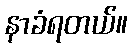
နာခံရတယ်။